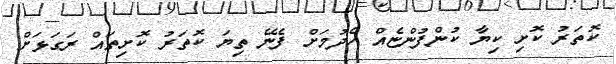
ކޮތަރު ކޮށި ކިޔާ ކުންފުންޏެއް ހެދުމަށް ފެނޭ ތިޔަ ކޮތަރު ކޮށިތައް ރަގަޅަށް